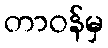
တာဝန်မှ